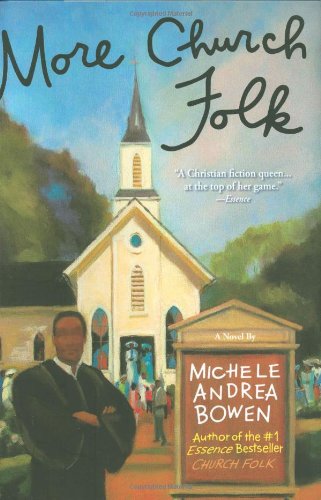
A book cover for More Church Folk; Michele Andrea Bowen; Literature & Fiction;